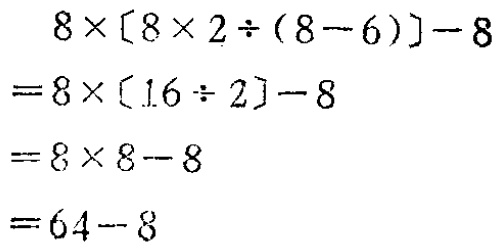
\[

\begin{align*}

&8\times[8\times2\div(8 - 6)]-8\\

=&8\times[16\div2]-8\\

=&8\times8 - 8\\

=&64 - 8

\end{align*}

\]